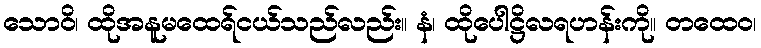
သောဝိ၊ ထိုအနူမထေရ်ငယ်သည်လည်း။ နံ၊ ထိုပေါဋ္ဌိလရဟန်းကို။ တထေဝ၊